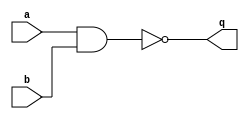
module sha2_sec_ti2_rm0_plain_nand_1(
    input wire a,
    input wire b,
    output reg q
    );
always @* q = ~(a&b);
endmodule